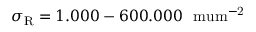
\sigma _ { \mathrm { R } } = 1 . 0 0 0 - 6 0 0 . 0 0 0 ~ \mathrm { { \ m u m ^ { - 2 } } }